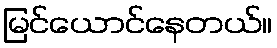
မြင်ယောင်နေတယ်။